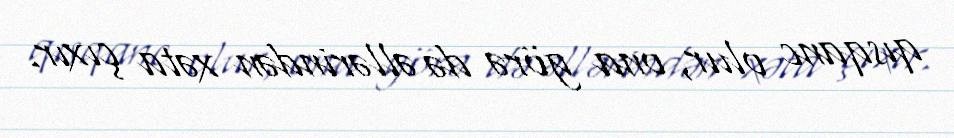
qısqanc olur, ona görə də əllərindən xəta çıxır.